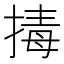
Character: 𭡡